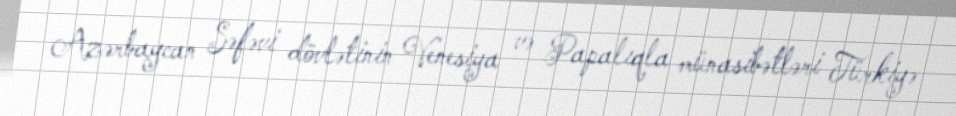
Azərbaycan Səfəvi dövlətinin Venesiya və Papalıqla münasibətləri Türkiyə